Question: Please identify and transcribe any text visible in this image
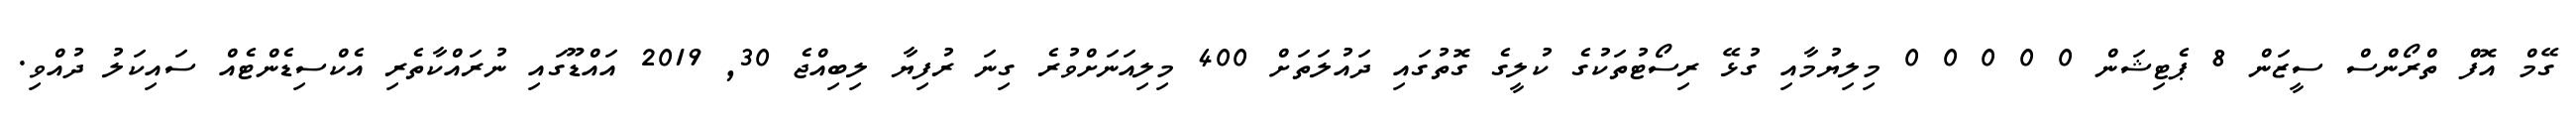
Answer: ގޭމް އޮފް ތްރޯންސް ސީޒަން 8 ޕެޓިޝަން 0 0 0 0 0 މިލިޔުމާއި ގުޅޭ ރިސޯޓުތަކުގެ ކުލީގެ ގޮތުގައި ދައުލަތަށް 400 މިލިއަނަށްވުރެ ގިނަ ރުފިޔާ ލިބިއްޖެ 30, 2019 އައްޑޫގައި ނުރައްކާތެރި އެކްސިޑެންޓެއް ސައިކަލު ދުއްވި.